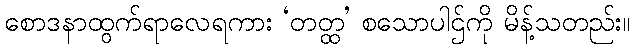
စောဒနာထွက်ရာလေရကား ‘တတ္ထ’ စသောပါဌ်ကို မိန့်သတည်း။